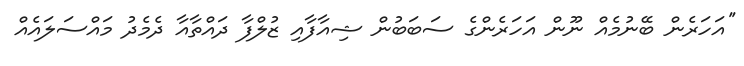
''އަހަރެން ބޭނުމެއް ނޫން އަހަަރެންގެ ސަބަބުން ޝިއާފާއި ޒުލްފާ ދައްތާއާ ދެމެދު މައްސަލައެއް